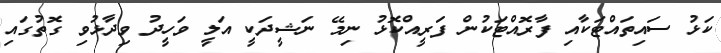
ކަޅު ސައިތައްޓަކާއި ފާރޮއްޓަކުން ފަރީއްކޮޅު ނިމޭ ނަޝީދަކީ އަލީ ވަހީދު ވިދާޅުވި ގޮތުގައި